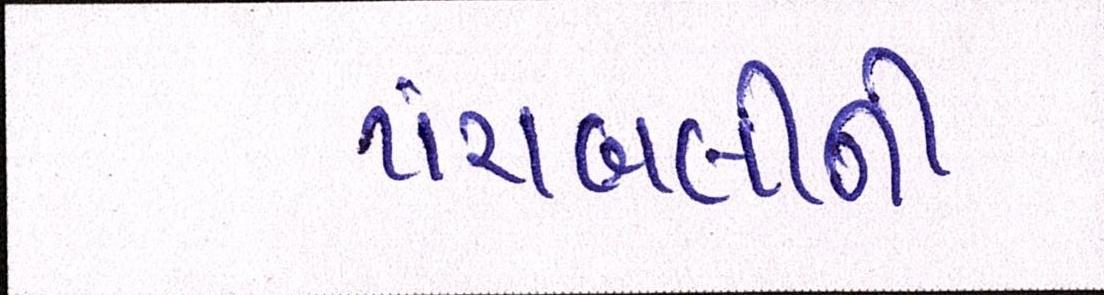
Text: પંચબલીની